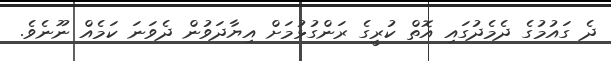
ދެ ގައުމުގެ ދެމެދުގައި އޮތް ކުރީގެ ރަންގުޅުމަށް އިޔާދަވުން ދެވަނަ ކަމެއް ނޫނެވެ.